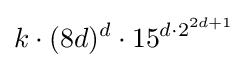
k\cdot (8d)^{d}\cdot 15^{d\cdot 2^{2d+1}}